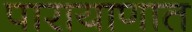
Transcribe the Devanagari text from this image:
पारायाणात